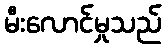
မီးလောင်မှုသည်